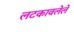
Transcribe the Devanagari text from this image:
लटकावलेले